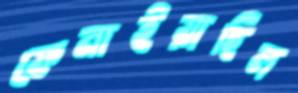
ফেনাইয়াছিল